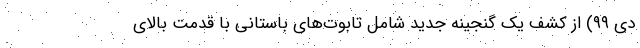
دی ۹۹) از کشف یک گنجینه جدید شامل تابوت‌های باستانی با قدمت بالای